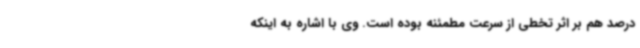
درصد هم بر اثر تخطی از سرعت مطمئنه بوده است. وی با اشاره به اینکه